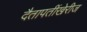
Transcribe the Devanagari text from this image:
दैतापतींखेरीज